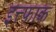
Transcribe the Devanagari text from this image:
इत्त्फाक